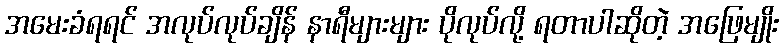
အမေးခံရရင် အလုပ်လုပ်ချိန် နာရီများများ ပိုလုပ်လို့ ရတာပါဆိုတဲ့ အဖြေမျိုး